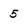
Character: 5